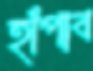
হাঁপাব